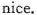
nice.